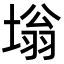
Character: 塕